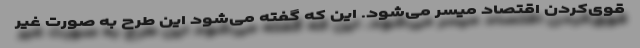
قوی‌کردن اقتصاد میسر می‌شود. این که گفته می‌شود این طرح به صورت غیر